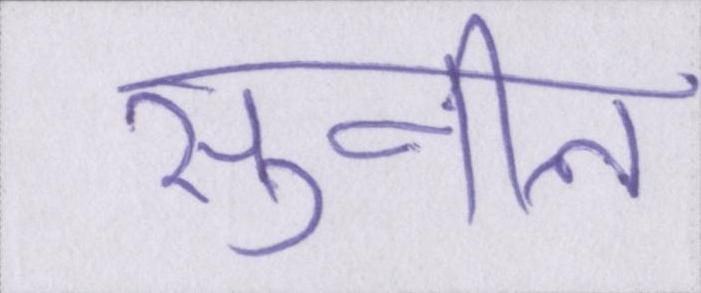
सुनील